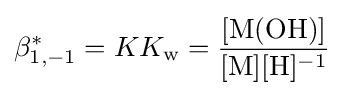
\beta _{1,-1}^{*}=KK_{\mathrm {w} }={\frac {[\mathrm {M} (\mathrm {OH} )]}{[\mathrm {M} ][\mathrm {H} ]^{-1}}}